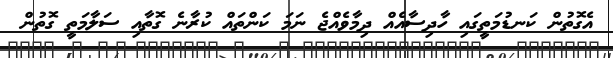
އެގޮތުން ކަނޑުމަތީގައި ހާދިސާއެއް ދިމާވެއްޖެ ނަމަ ކަންތައް ކުރާނެ ގޮތާއި ސަލާމަތީ ގޮތުން